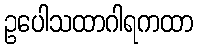
ဥပေါသထာဂါရကထာ